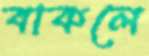
বাকলে